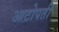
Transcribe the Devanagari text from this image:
आटोपती